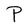
Character: P